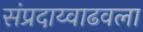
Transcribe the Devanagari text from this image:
संप्रदाय्वाढवला